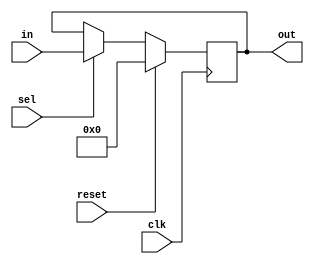
`timescale 1ns / 1ps
//////////////////////////////////////////////////////////////////////////////////
// Company: 
// Engineer: 
// 
// Design Name: 
// Module Name:    reg4bit 
// Project Name: 
// Target Devices: 
// Tool versions: 
// Description: 
//
// Dependencies: 
//
// Revision: 
// Revision 0.01 - File Created
// Additional Comments: 
//
//////////////////////////////////////////////////////////////////////////////////
module reg4bit(out, in, clk, sel,reset);
input [3:0] in;
input clk;
input sel;
output reg [3:0]out;
input reset;
always @ (posedge clk)
if (reset)
begin
out<=4'b0000;
end
else if (sel)
begin
out<=in;
end
endmodule